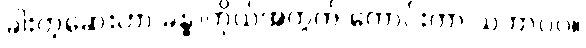
ခါးတဲ့ဆေးဟာ ခန္ဓာကိုယ်အတွက် ကောင်းတာ သဘာဝပဲ။